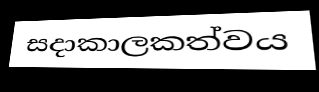
සදාකාලකත්වය